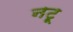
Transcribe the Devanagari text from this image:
नटू